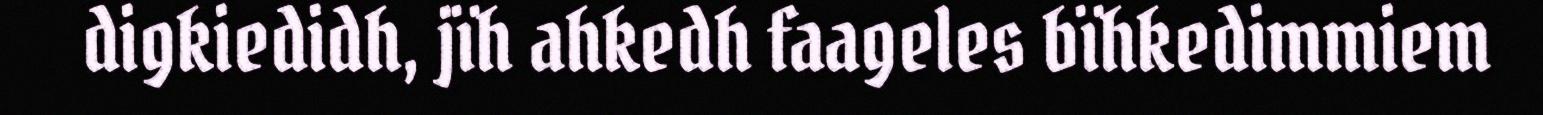
digkiedidh, jïh ahkedh faageles bïhkedimmiem